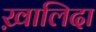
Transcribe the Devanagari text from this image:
ख़ालिदा